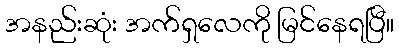
အနည်းဆုံး အက်ရှလေကို မြင်နေရပြီ။